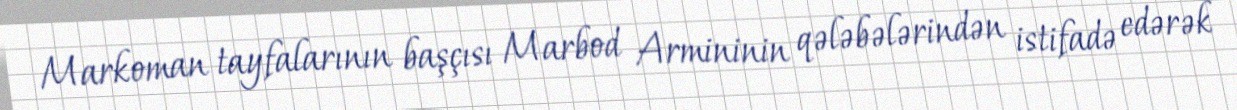
Markoman tayfalarının başçısı Marbod Armininin qələbələrindən istifadə edərək